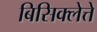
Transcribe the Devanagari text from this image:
बिसिक्लेत्ते